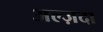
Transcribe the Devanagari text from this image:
अल्ज़दा